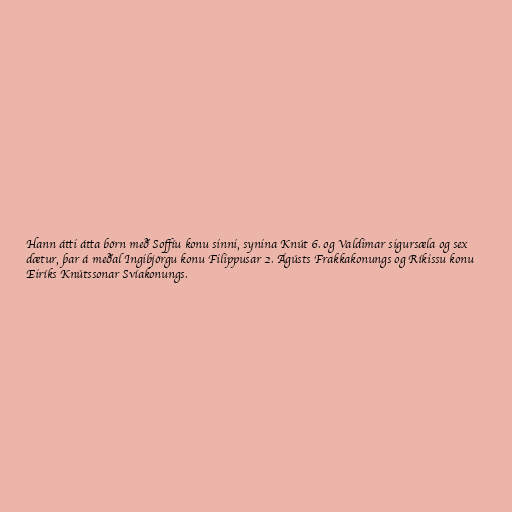
Hann átti átta börn með Soffíu konu sinni, synina Knút 6. og Valdimar sigursæla og sex
dætur, þar á meðal Ingibjörgu konu Filippusar 2. Ágústs Frakkakonungs og Ríkissu konu
Eiríks Knútssonar Svíakonungs.